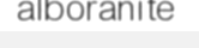
alboranite